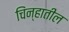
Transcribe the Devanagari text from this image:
चिंन्हातील